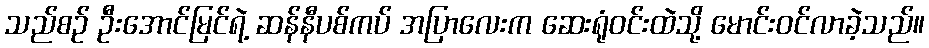
သည်စဉ် ဦးအောင်မြင်ရဲ့ ဆန်နီပစ်ကပ် အပြာလေးက ဆေးရုံဝင်းထဲသို့ မောင်းဝင်လာခဲ့သည်။